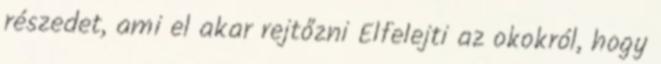
részedet, ami el akar rejtőzni Elfelejti az okokról, hogy